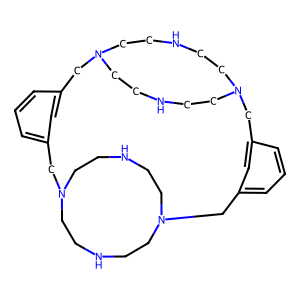
SMILES: c1cc2cc(c1)CN1CCNCCN(CCNCC1)Cc1cccc(c1)CN1CCNCCN(CCNCC1)C2
Inhibits HIV replication: No